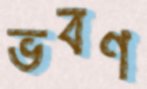
ভবণ